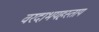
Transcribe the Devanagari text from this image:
वरदाभयहस्ताय